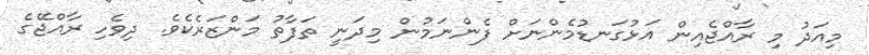
މިއަދު މި ރާއްޖެއިން އަޅުގަނޑުމެންނަށް ފެންނަމުން މިދަނީ ތަފާތު މަންޒަރެކެވެ. ދިވެހި ރާއްޖޭގެ